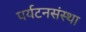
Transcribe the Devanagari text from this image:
पर्यटनसंस्था